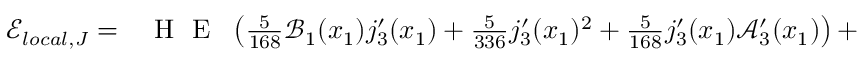
\begin{array} { r l } { \mathcal { E } _ { l o c a l , J } = } & { { } \textup { H } \textup { E } \ \left( \frac { 5 } { 1 6 8 } \mathcal { B } _ { 1 } ( x _ { 1 } ) j _ { 3 } ^ { \prime } ( x _ { 1 } ) + \frac { 5 } { 3 3 6 } j _ { 3 } ^ { \prime } ( x _ { 1 } ) { } ^ { 2 } + \frac { 5 } { 1 6 8 } j _ { 3 } ^ { \prime } ( x _ { 1 } ) \mathcal { A } _ { 3 } ^ { \prime } ( x _ { 1 } ) \right) + } \end{array}